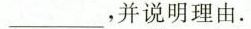
___$$，并说明理由.